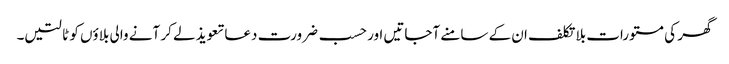
گھر کی مستورات بلا تکلف ان کے سامنے آجاتیں اور حسب ضرورت دعا تعویذ لے کر آنے والی بلاؤں کو ٹالتیں۔